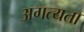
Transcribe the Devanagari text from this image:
अगत्यता